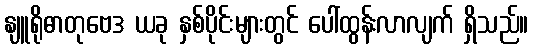
နျူရိုဓာတုဗေဒ ယခု နှစ်ပိုင်းများတွင် ပေါ်ထွန်းလာလျက် ရှိသည်။